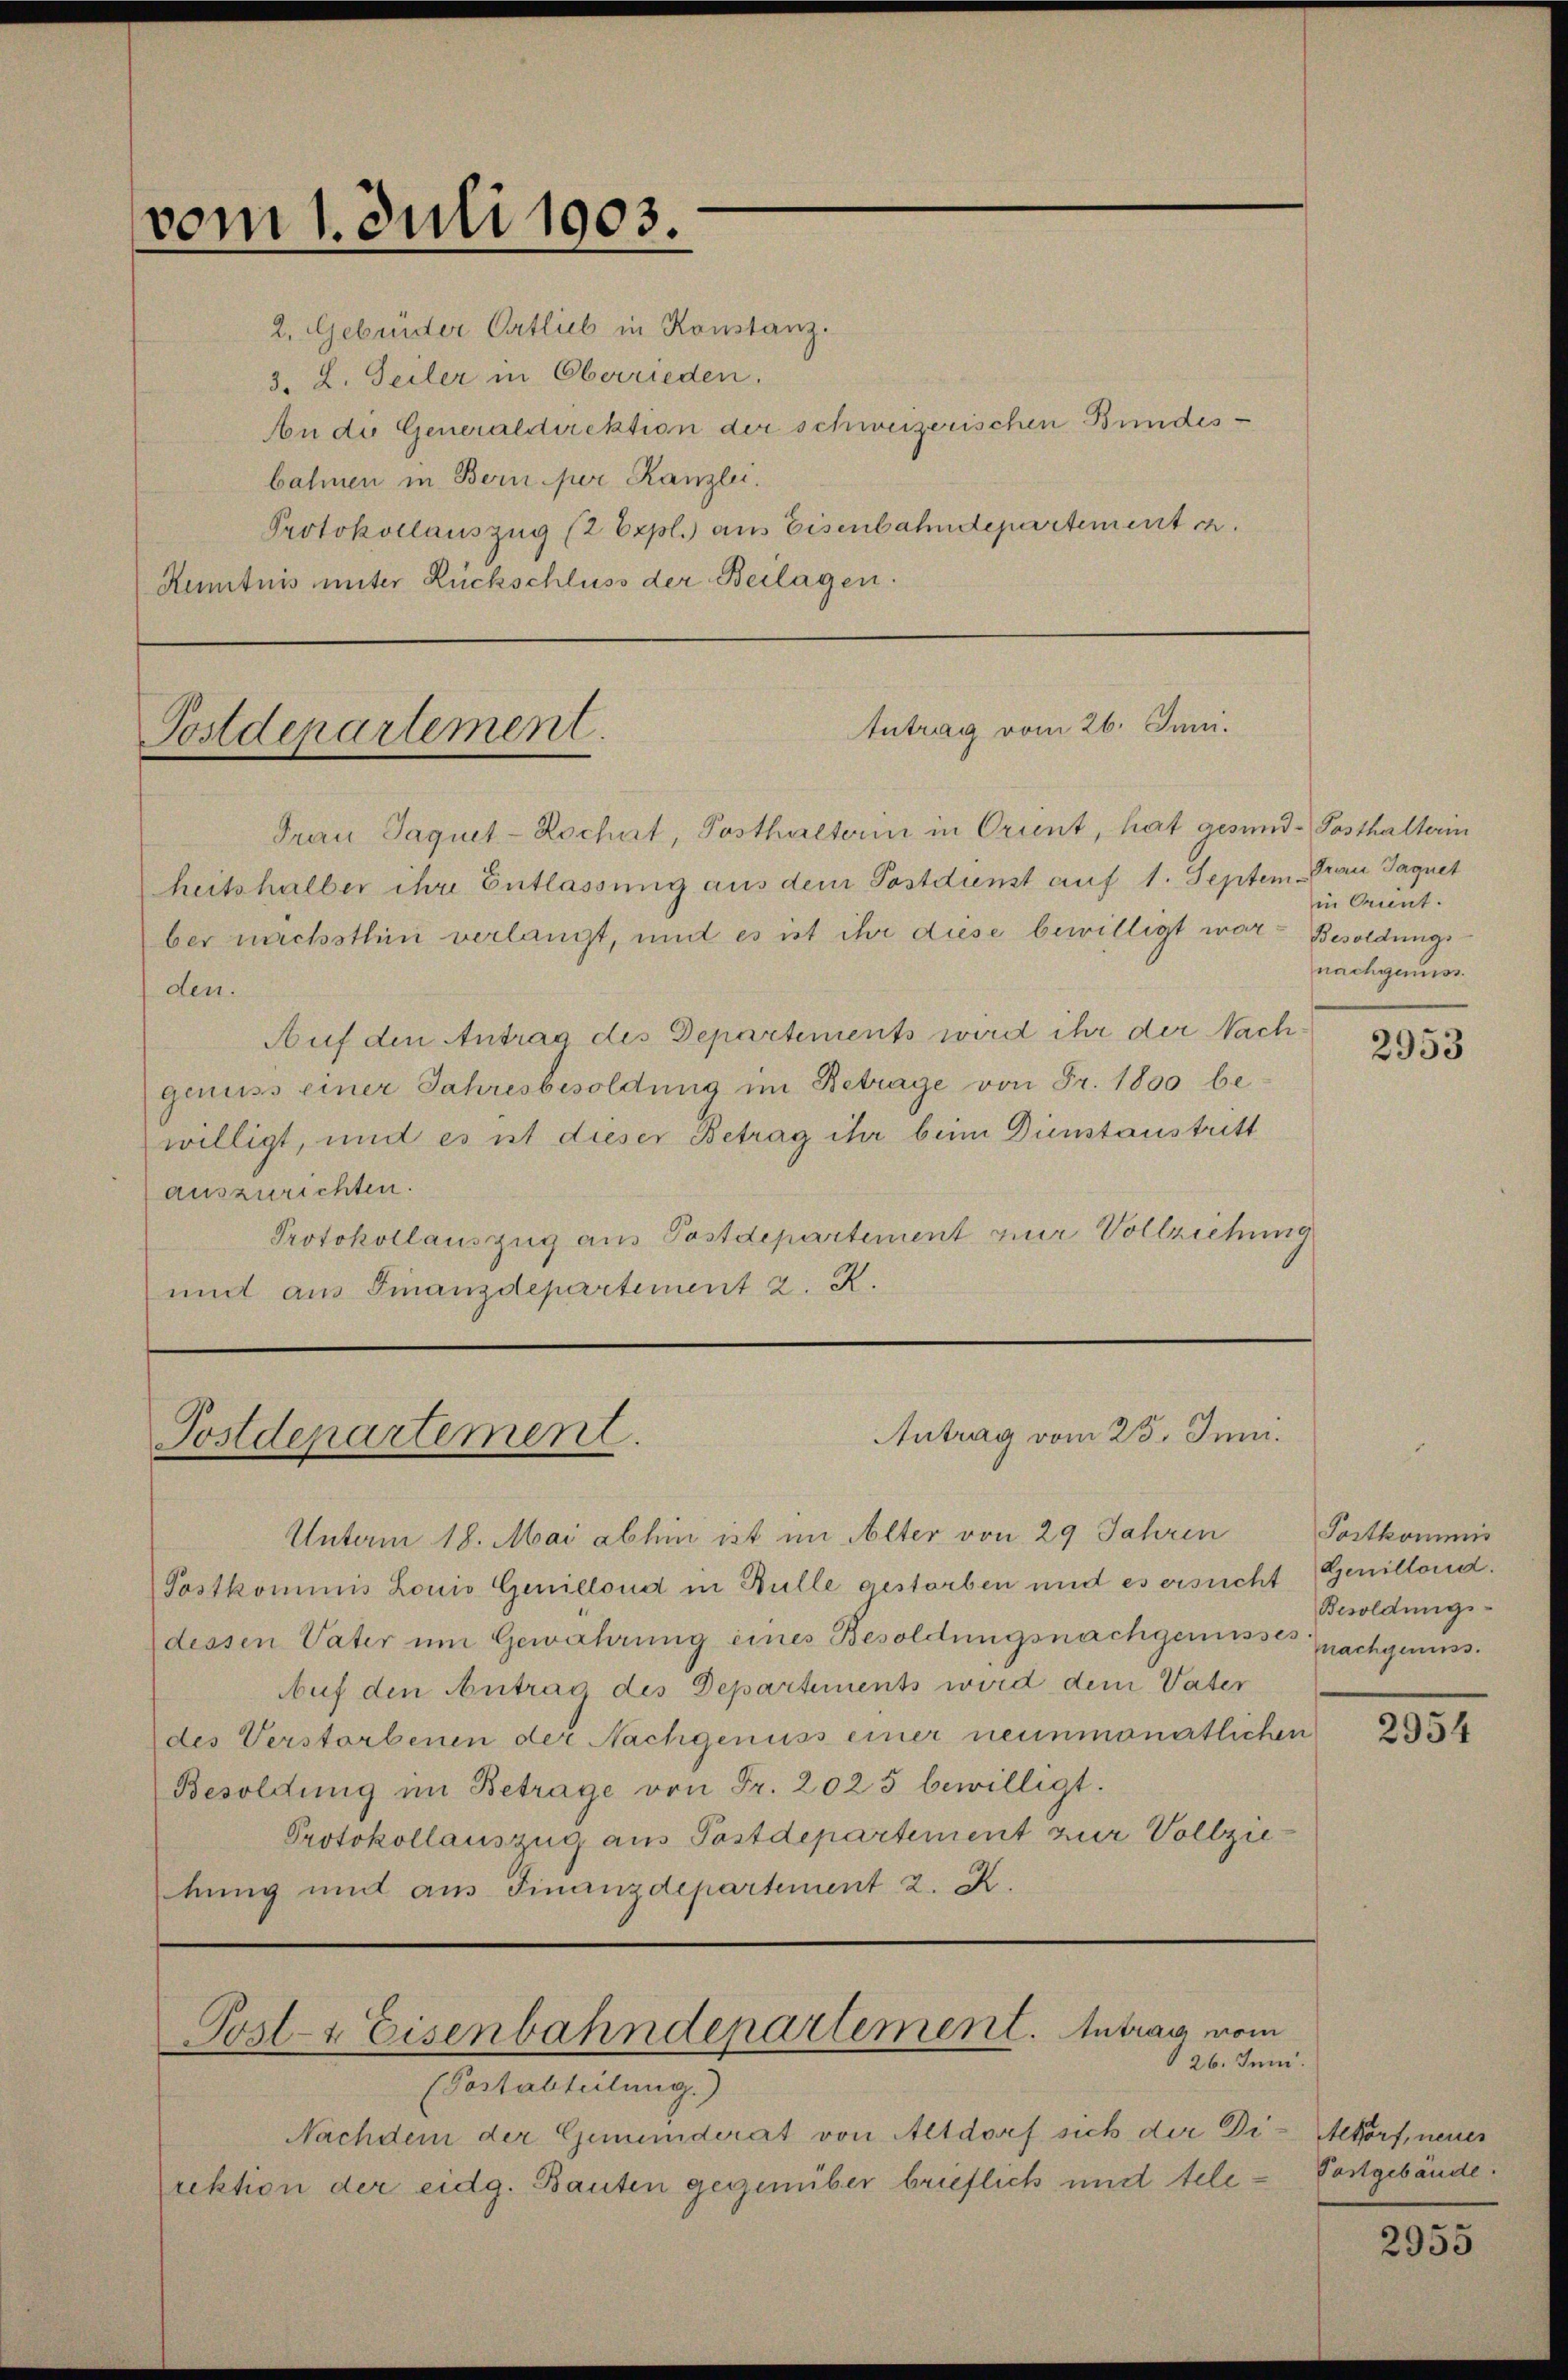
vom 1. Juli 1903.

3. 2. Seiler in Oberrieden.
An die Generaldirektion der schweizerischen Bundesbahnen in Bern per Kanzlei.
Protokollauszug (2 Expl. aus Eisenbahndepartement e
Kentnis unter Rückschluss der Beilagen.

Postdepartement.

2. Gebrüder Ortlieb in Konstanz.

Postdepartement.

Antrag vom 26. Juni.

Frau Jaquet-Rochet, Posthalterin in Orient, hat gesund-Posthalterin
heitshalber ihre Entlassung aus dem Postdienst auf 1. Septem Frau Jaquet
ber nächsthin verlangt, und es ist ihr diese bewilligt war. Besoldungsden.
Auf den Antrag des Departements wird ihr der Nachgenuss einer Jahresbesoldung im Betrage von Fr. 1800 bewilligt, und es ist dieser Betrag ihr beim Dienstaustritt
auszurichten.
Protokollauszug aus Postdepartement zur Vollziehung
und aus Finanzdepartement 2. R.

Antrag vom 25. Juni.

Unterm 18. Mai abhin ist im Alter von 29 Jahren Postkommis
Postkommis Lonio Genicloud in Bulle gestorben und es ersucht Genillend.
dessen Vater um Gewährung eines Besoldungsnachgemesses nachgass.
Auf den Antrag des Departements wird dem Vater
des Verstorbenen der Nachgenuss einer neunmonatlichen
Besoldung im Betrage von Fr. 2025 bewilligt.
Protokollauszug aus Postdepartement zur Vollziekung und aus Finanzdepartement 2. K.

Post- & Eisenbahndepartement. Antrag vom
26. Juni.
(Postabteilung.)

Nachdem der Gemeinderat von Altdorf sich der Di-Altorf, neuer
rektion der eidg. Bauten gegenüber brieflich und tele¬

in Orient.
nachgenuss.

Besoldungs-

2953

2954

Postgebäude.

2955